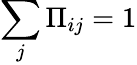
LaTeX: \sum_{j}\Pi_{ij}=1